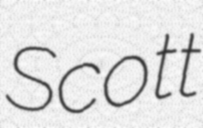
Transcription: Scott